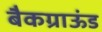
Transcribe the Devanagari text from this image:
बैकग्राऊंड